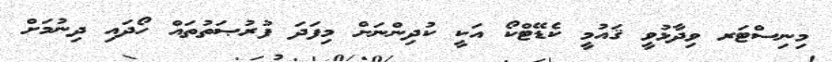
މިނިސްޓަރ ވިދާޅުވީ ޤައުމީ ކެޑޭޓްކޯ އަކީ ކުދިންނަށް މިފަދަ ފުރުޞަތުތައް ހޯދައި ދިނުމަށް